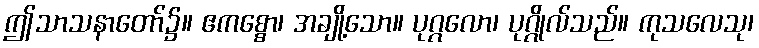
ဤသာသနာတော်၌။ ဧကစ္စော၊ အချို့သော။ ပုဂ္ဂလော၊ ပုဂ္ဂိုလ်သည်။ ကုသလေသု၊